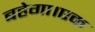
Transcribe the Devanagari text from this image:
बहेगा।एक